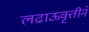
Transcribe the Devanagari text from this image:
लढाऊवृत्तीने